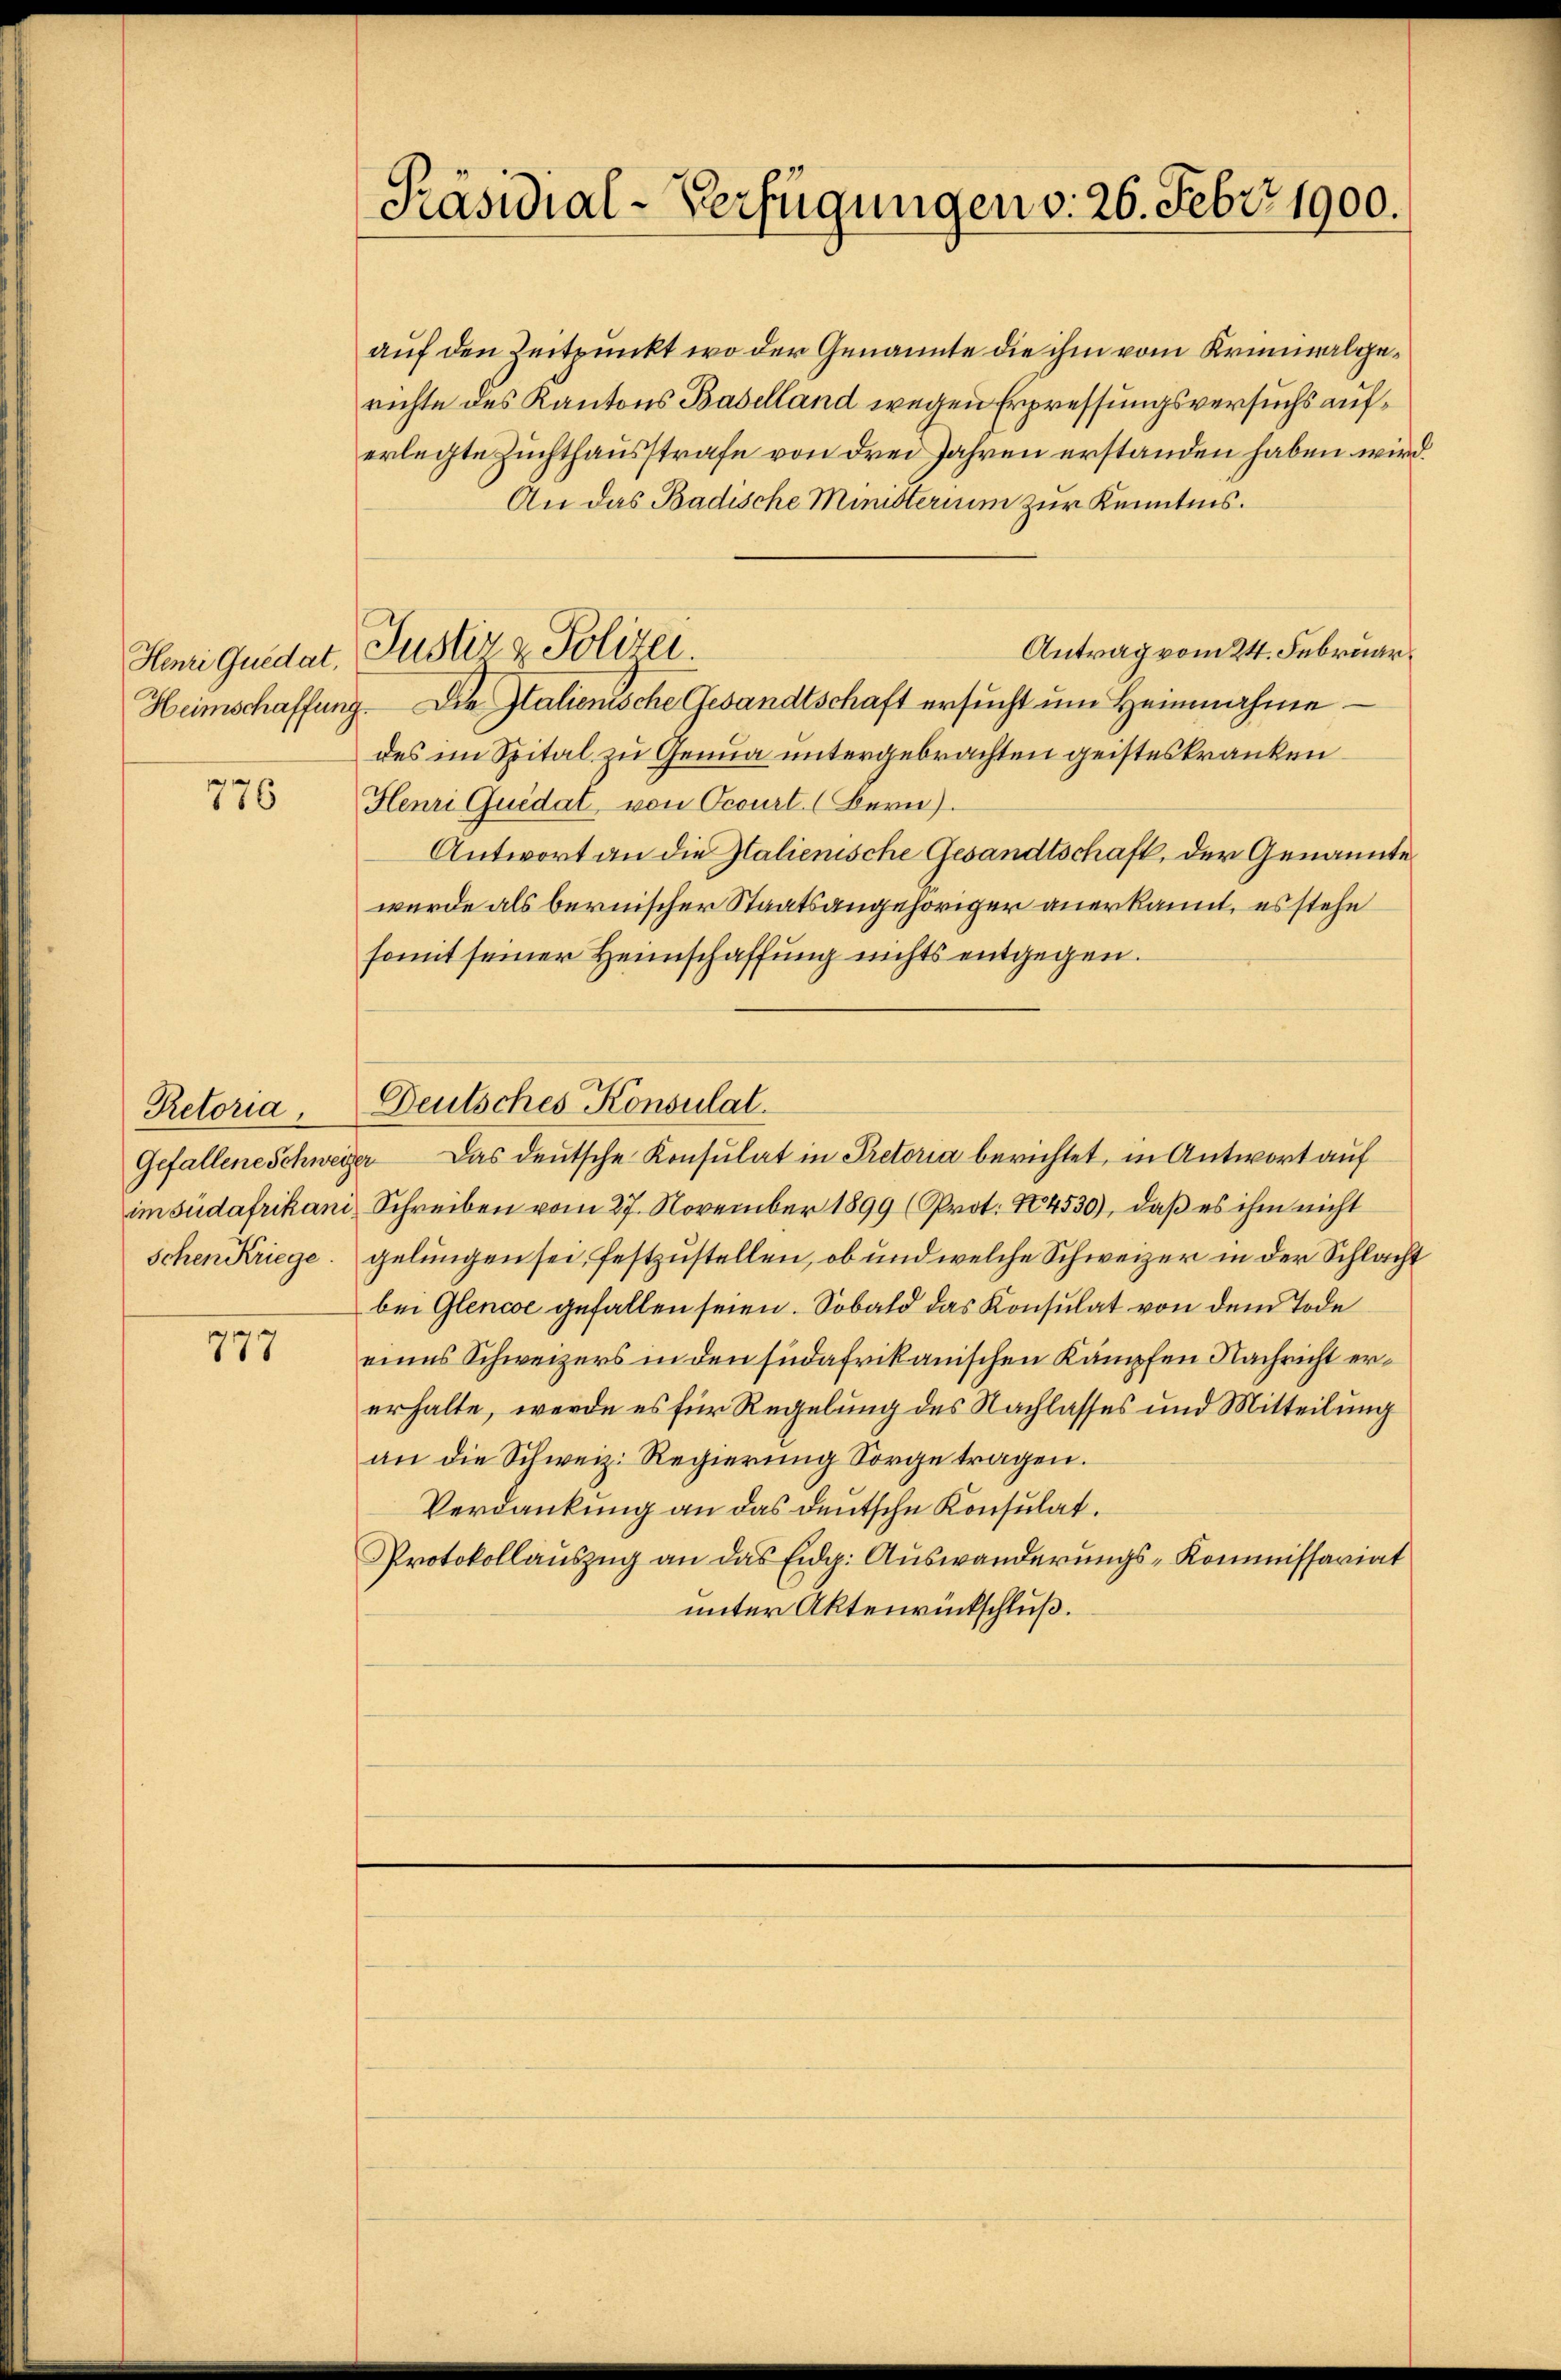
Henri Quedat,

776

Retoria,
im südafrikani
Schen Kriege.

777

Präsidial-Verfügungen d. 26. Febr. 1900.

auf den Zeitpunkt wo der Genannte die ihm vom Kriminalgerichte des Kantons Baselland wegen Erpressungsversuchs auferlegte Zuchthausstrafe von drei Jahren erstanden haben wir
An das Badische Ministerium zur Kenntnis.
Antrag vom 24. Februar.
Heimschaffung. Die Italienische Gesandtschaft ersucht um Heinnahmedes im Spital zu Genua untergebrachten geisteskranken
Henri Quidat, von Ocourt. (Bern).
Antwort an die Italienische Gesandtschaft, der Genannte
wurde als bernischer Staatsangehöriger anerkannt, es stehe
somit seiner Heimschaffung nichts entgegen.
Deutsches Konsulat
Gefallene Schweizer das deutsche Konsulat in Pretoria berichtet, in Antwort auf
Schreiben vom 27. November 1899 (Prot. No 4530), daß es ihm nicht
gelungen sei, festzustellen, ob und welche Schweizer in der Schlachbei Glence gefallen seien. Sobald das Konsulat von dem Tode
eines Schweizers in den suedafrikanischen Kämpfen Nachricht ererhalte, werde es für Regelung des Nachlasses und Mitteilung
an die Schweiz. Regierung Sorge tragen.
Verdankung an das deutsche Konsulat.
Protokollauszug an das Eidg. Auswanderungs-Kommissariat
unter Aktenrückschluß.

Justiz & Polizei.